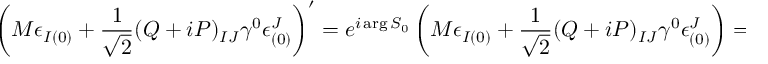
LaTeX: \left( M \epsilon _ { I ( 0 ) } + { \frac { 1 } { \sqrt 2 } } ( Q + i P ) _ { I J } \gamma ^ { 0 } \epsilon _ { ( 0 ) } ^ { J } \right) ^ { \prime } = e ^ { i \arg S _ { 0 } } \left( M \epsilon _ { I ( 0 ) } + { \frac { 1 } { \sqrt 2 } } ( Q + i P ) _ { I J } \gamma ^ { 0 } \epsilon _ { ( 0 ) } ^ { J } \right) = 0 \ ,